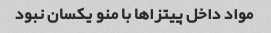
مواد داخل پیتزا‌ها با منو یکسان نبود